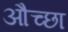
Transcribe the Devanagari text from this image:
औच्छा